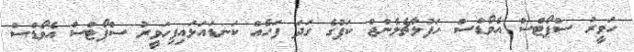
ހަވީރު ސްޕޯޓްސް އެވޯޑްސް ހަފުލާޗެލެންޖް ކަޕުގެ ގަދަ ފަހެއް ކަނޑައަޅައިފިހަވީރު ސްޕޯޓްސް އެވޯޑްސް